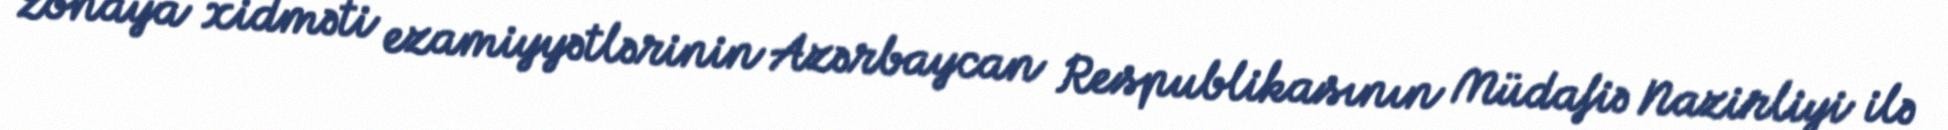
zonaya xidməti ezamiyyətlərinin Azərbaycan Respublikasının Müdafiə Nazirliyi ilə